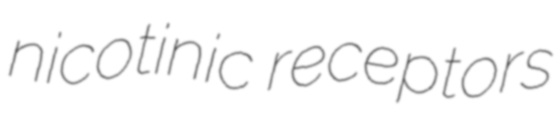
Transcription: nicotinic receptors